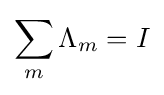
\sum _{m}\Lambda _{m}=I